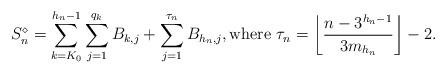
LaTeX: \begin{align*} S_n^\diamond= \sum_{k=K_0}^{h_n-1} \sum_{j=1}^{q_k}B_{k,j} + \sum_{j=1}^{\tau_n}B_{h_n, j},\mbox{where } \tau_n = \biggl\lfloor{ {n-3^{h_n-1}}\over{3 m_{h_n}}} \biggr\rfloor- 2.\vadjust{\goodbreak}\end{align*}